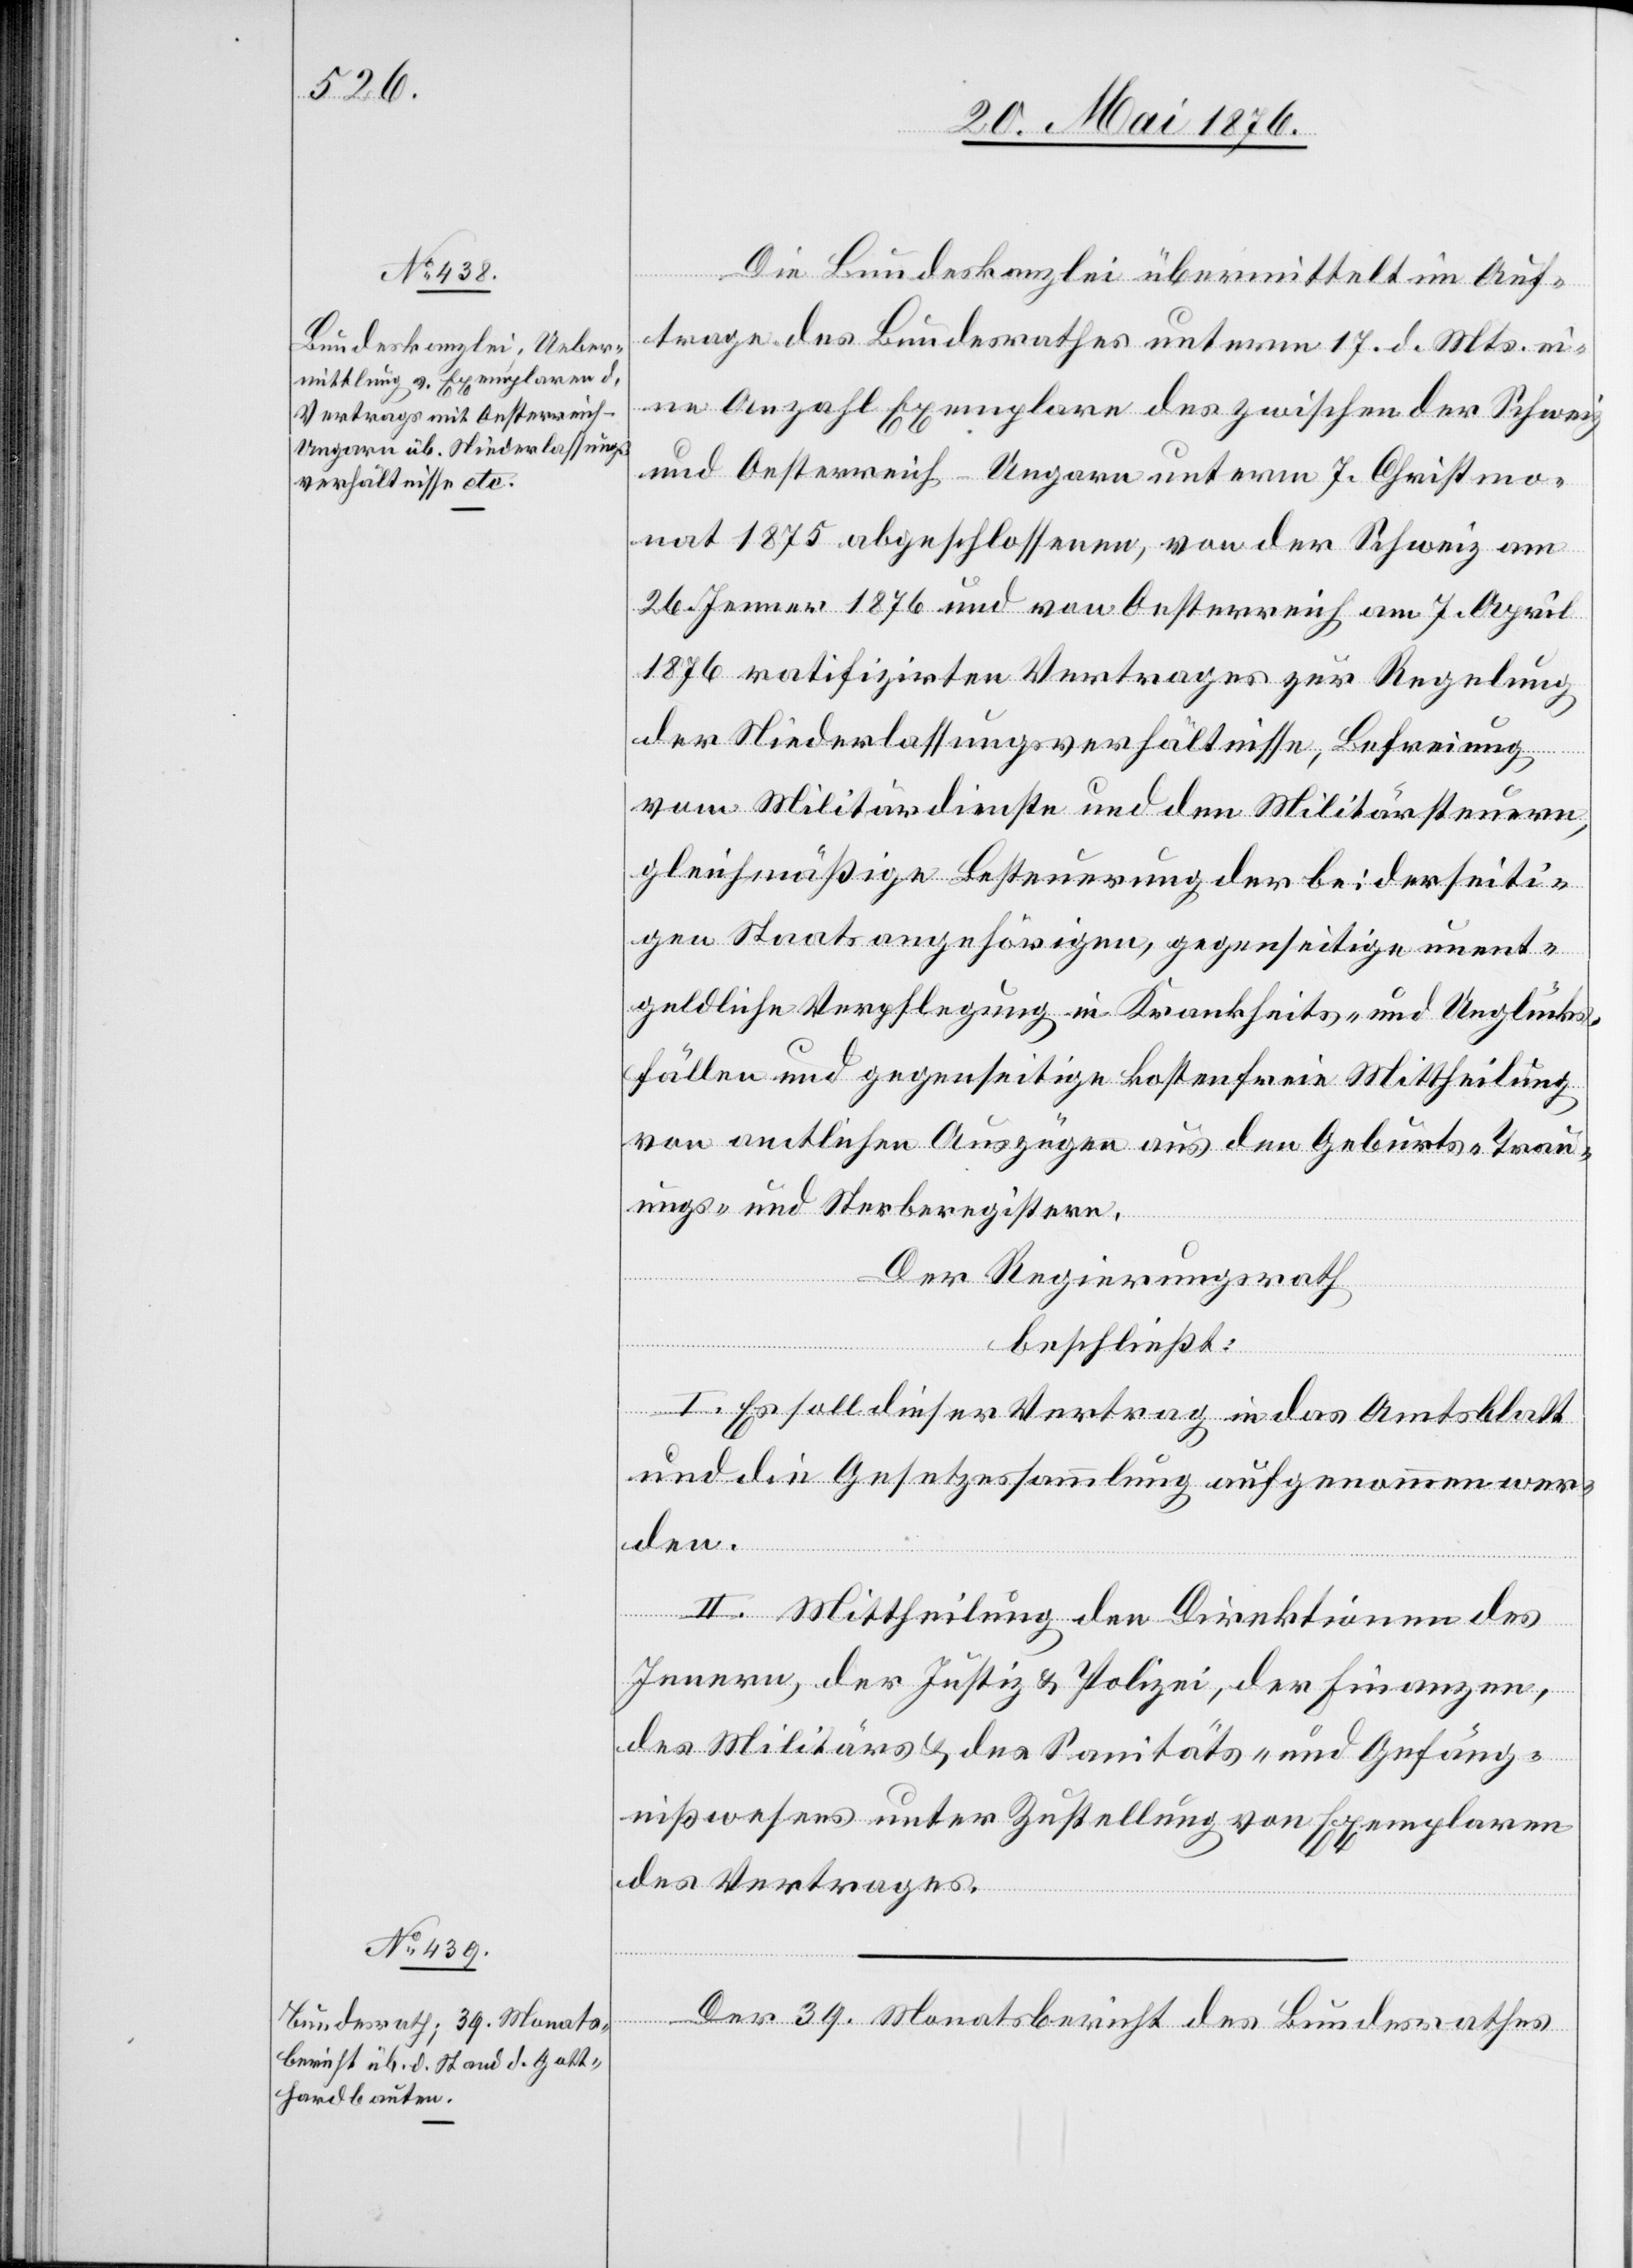
Die Bundeskanzlei übermittelt im Auf¬
trage des Bundesrathes unterm 17. d. Mts. ei¬
ne Anzahl Exemplare des zwischen der Schweiz
und Oesterreich-Ungarn unterm 7. Christmo¬
nat 1875 abgeschlossenen, von der Schweiz am
26. Jenner 1876 und von Oesterreich am 7. April
1876 ratifizirten Vertrages zur Regelung
der Niederlassungsverhältnisse, Befreiung
vom Militärdienste und den Militärsteuern,
gleichmäßige Besteuerung der bei derseiti¬
gen Staatsangehörigen, gegenseitige unent¬
geldliche Verpflegung in Krankheits- und Unglücks¬
fällen und gegenseitige kostenfreie Mittheilung
von amtlichen Auszügen aus den Geburts-[,] Trau¬
ungs- und Sterberegistern.
Der Regierungsrath
beschließt:
I. Es soll dieser Vertrag in das Amtsblatt
und die Gesetzessammlung aufgenommen wer¬
den.
II. Mittheilung den Direktionen des
Innern, der Justiz & Polizei, der Finanzen,
des Militärs & des Sanitäts- und Gefäng¬
nißwesens unter Zustellung von Exemplaren
des Vertrages.
Der 39. Monatsbericht des Bundesrathes